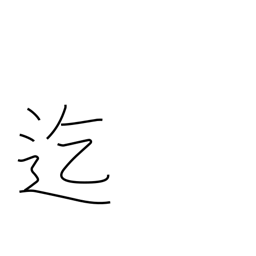
Meaning: until